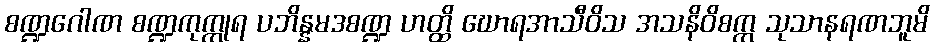
စဏ္ဍဂေါဏ စဏ္ဍကုက္ကုရ ပဘိန္နမဒစဏ္ဍ ဟတ္ထိ ဃောရအာသီဝိသ အသနိဝိစက္က သုသာနရဏဘူမိ